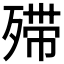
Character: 𣨼